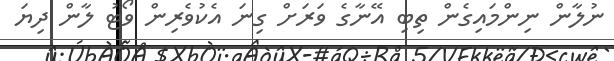
ނުލާން ނިންމައިގެން ތިބި އޭނާގެ ވަރަށް ގިނަ އެކުވެރިން ވޯޓު ލާން ދިޔަ